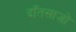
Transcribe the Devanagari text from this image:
दाँतसाज़ों